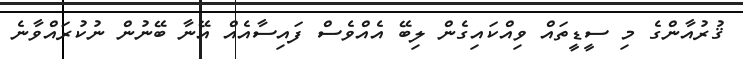
ޤުރުއާންގެ މި ސީޑީތައް ވިއްކައިގެން ލިބޭ އެއްވެސް ފައިސާއެއް އޭނާ ބޭނުން ނުކުރައްވާނެ